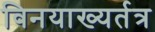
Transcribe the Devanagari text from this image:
विनयाख्यर्तत्र